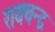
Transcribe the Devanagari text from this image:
रायचन्द्र